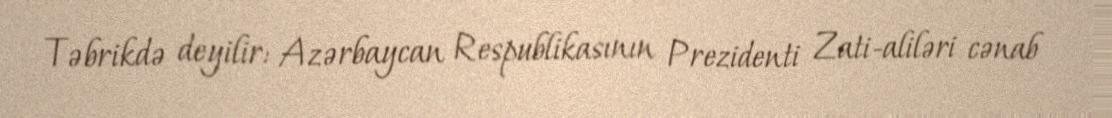
Təbrikdə deyilir: Azərbaycan Respublikasının Prezidenti Zati-aliləri cənab